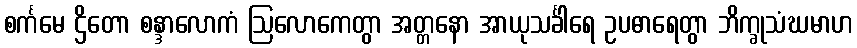
စင်္ကမေ ဌိတော စန္ဒာလောကံ ဩလောကေတွာ အတ္တနော အာယုသင်္ခါရေ ဥပဓာရေတွာ ဘိက္ခုသံဃမာဟ